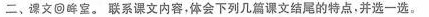
二、课文回眸室。联系课文内容，体会下列几篇课文结尾的特点。并选一选。